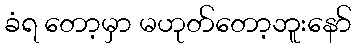
ခံရ တော့မှာ မဟုတ်တော့ဘူးနော်